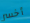
أخسر